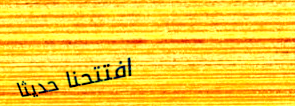
افتتحنا حديثاً